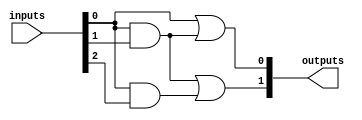
module FusedPAL (
    input wire [N-1:0] inputs,         // N inputs
    output wire [M-1:0] outputs        // M outputs
);

// Parameters for the number of inputs, outputs, and product terms
parameter N = 4;                      // Number of inputs
parameter M = 2;                      // Number of outputs
parameter P = 4;                      // Number of product terms

// Internal signals for product terms
wire [P-1:0] product_terms;           // Product terms

// Programmable AND array
generate
    genvar i, j;
    for (i = 0; i < P; i = i + 1) begin : and_array
        assign product_terms[i] = (inputs[0] & (i[0] ? inputs[1] : 1'b1)) &
                                   (i[1] ? inputs[2] : 1'b1) &
                                   (i[2] ? inputs[3] : 1'b1);
    end
endgenerate

// Fixed OR array for output generation
generate
    for (j = 0; j < M; j = j + 1) begin : or_array
        assign outputs[j] = product_terms[j] | product_terms[j+1]; // Example logic
    end
endgenerate

endmodule